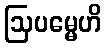
ဩပမ္မေဟိ